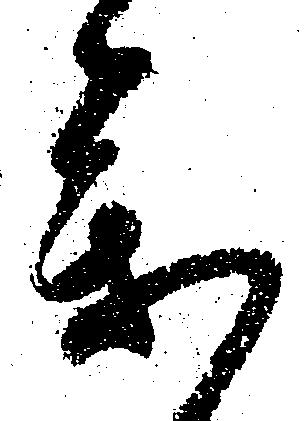
参